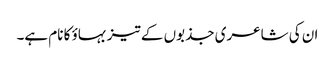
ان کی شاعری جذبوں کے تیز بہاؤ کا نام ہے۔